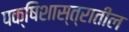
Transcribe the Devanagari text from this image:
पक्षिशास्त्रातील